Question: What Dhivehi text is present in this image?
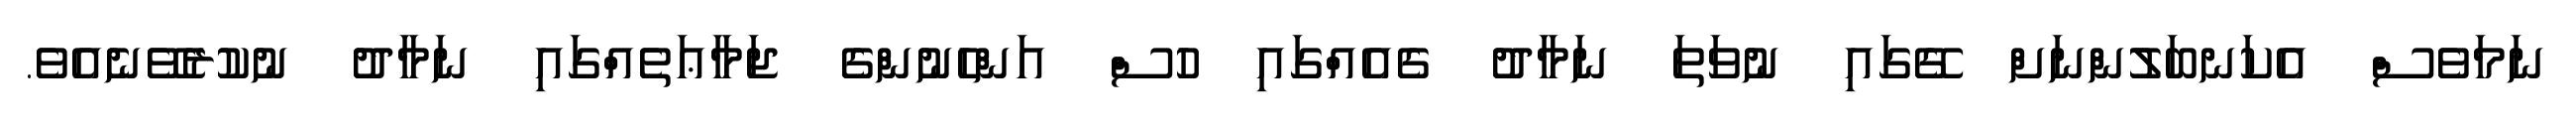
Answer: ނަމަވެސް އެކަނބަލުންނަށް ގޭގައި ނުވަތަ ނަމާދު ގެއެއްގައި ހުސް އަންހެނުންގެ ޖަމާޢަތެއްގައި ނަމާދު ނުކުރެވޭނެއެވެ.